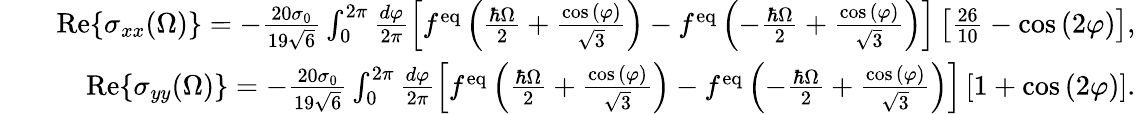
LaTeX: \begin{array}{rlr}&{}&{\mathrm{Re}{\left\{ \sigma_{xx}(\Omega)\right\} }=-\frac{20\sigma_{0}}{19\sqrt{6}}\int_{0}^{2\pi}\frac{d\varphi}{2\pi}\left[f^{\mathrm{eq}}\left(\frac{\hbar\Omega}{2}+\frac{\cos{(\varphi)}}{\sqrt{3}}\right)-f^{\mathrm{eq}}\left(-\frac{\hbar\Omega}{2}+\frac{\cos{(\varphi)}}{\sqrt{3}}\right)\right]\left[\frac{26}{10}-\cos{(2\varphi)}\right],}\\ &{}&{\mathrm{Re}{\left\{ \sigma_{yy}(\Omega)\right\} }=-\frac{20\sigma_{0}}{19\sqrt{6}}\int_{0}^{2\pi}\frac{d\varphi}{2\pi}\left[f^{\mathrm{eq}}\left(\frac{\hbar\Omega}{2}+\frac{\cos{(\varphi)}}{\sqrt{3}}\right)-f^{\mathrm{eq}}\left(-\frac{\hbar\Omega}{2}+\frac{\cos{(\varphi)}}{\sqrt{3}}\right)\right]\left[1+\cos{(2\varphi)}\right].}\end{array}